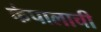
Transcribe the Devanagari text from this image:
कंपालाची